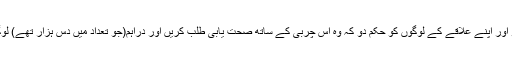
امیر المؤمنین نے جواب میں تحریر فرمایا کہ مصحف اور کچھ چربی ہماری طرف بھیج دو اور اپنے علاقے کے لوگوں کو حکم دو کہ وہ اس چربی کے ساتھ صحت یابی طلب کریں اور دراہم(جو تعداد میں دس ہزار تھے) لوگوں میں تقسیم کردو اور انگوٹھی ہم نے آپی کو نفل کے طور پر دیدی وہ اپنے پاس رکھ لو۔